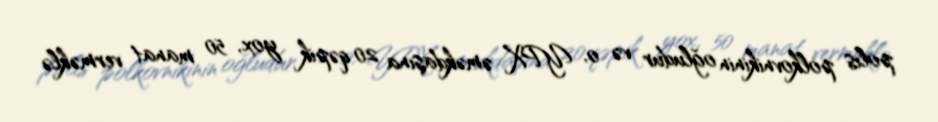
polis polkovnikinin oğludur və o, YPX əməkdaşına 20 qəpik yox, 50 manat verməklə